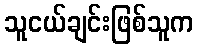
သူငယ်ချင်းဖြစ်သူက